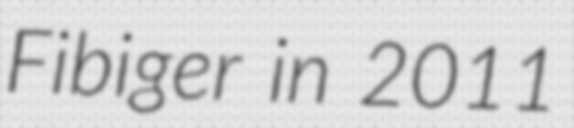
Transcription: Fibiger in 2011